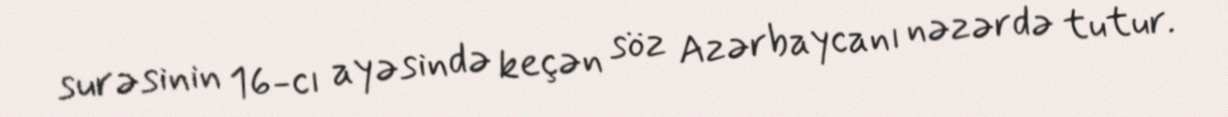
surəsinin 16-cı ayəsində keçən söz Azərbaycanı nəzərdə tutur.